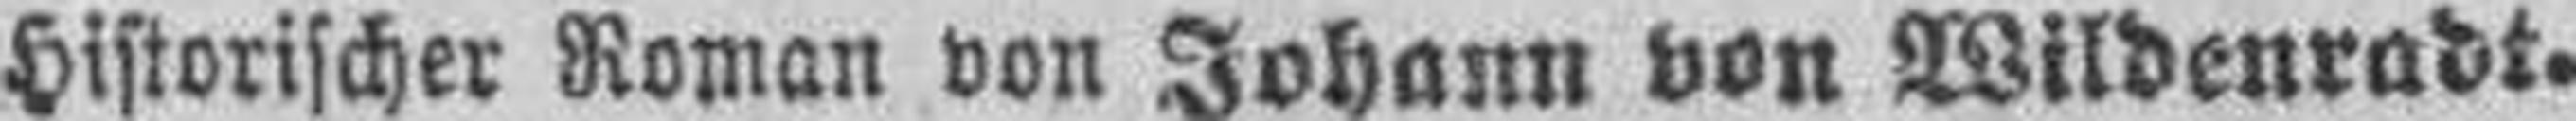
Historischer Roman von Johann von Wildenradt.